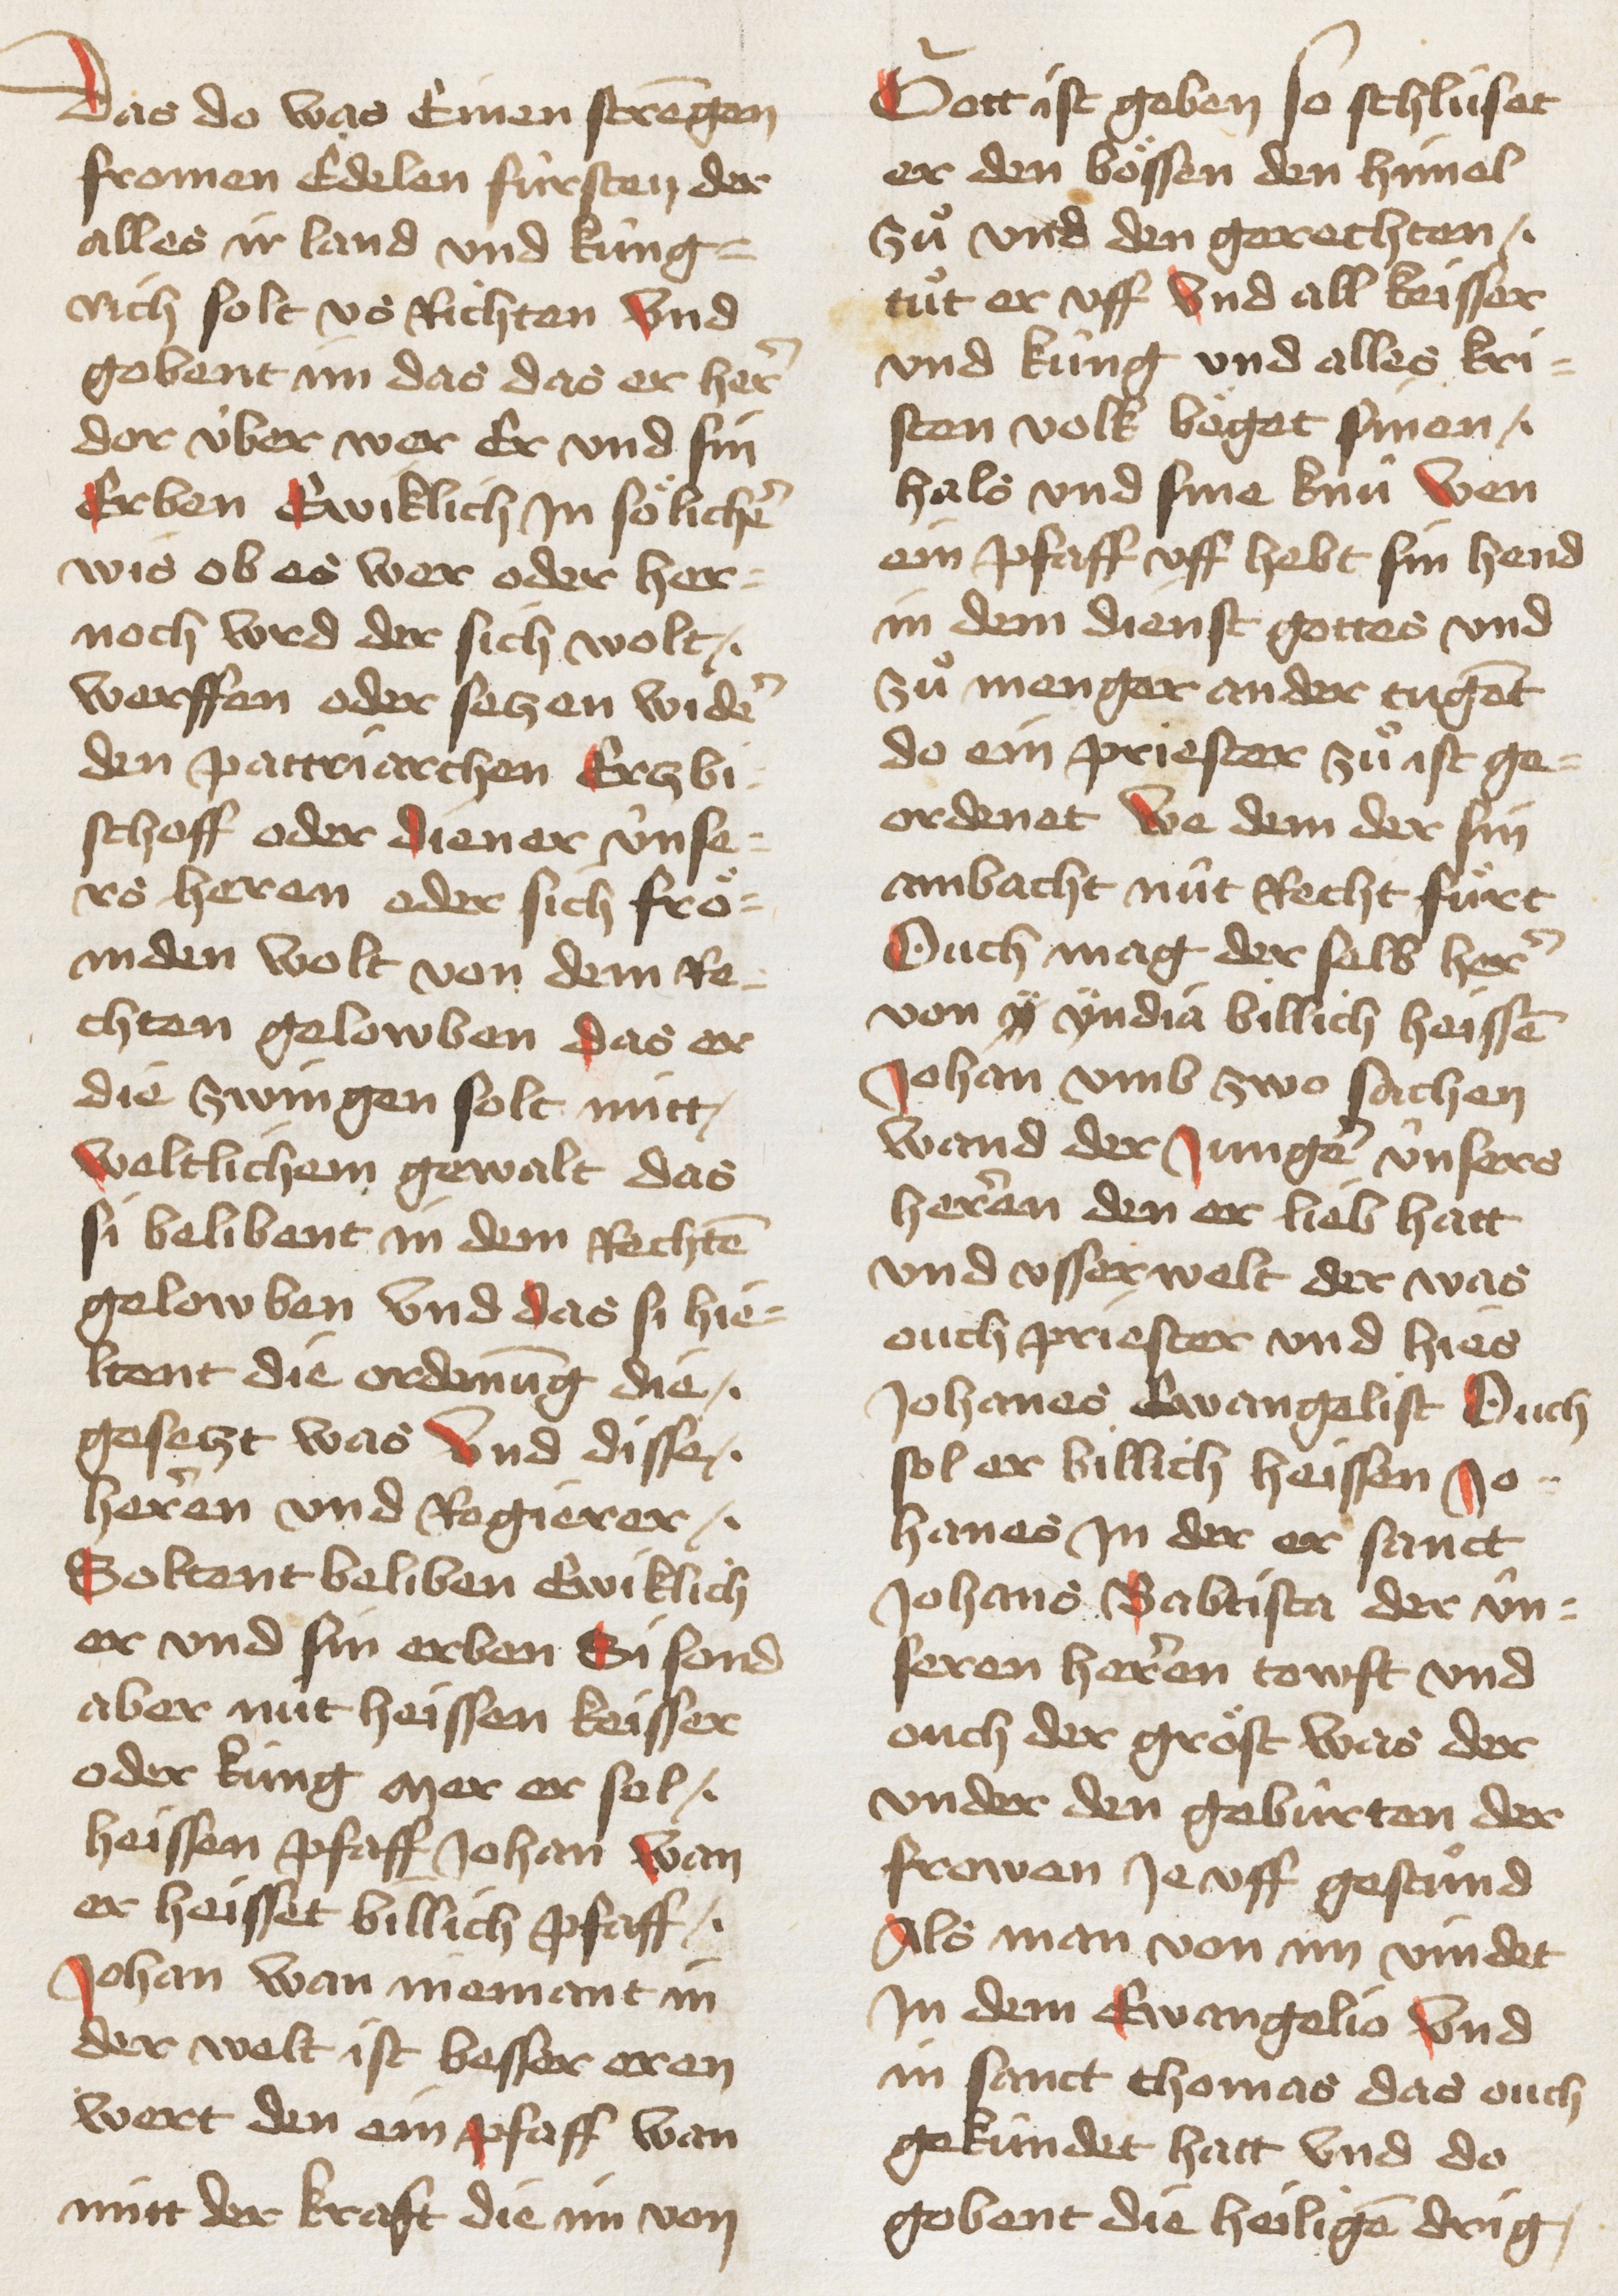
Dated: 1467–1467